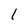
Character: I